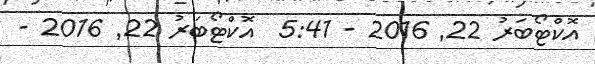
އޮކްޓޯބަރު 22